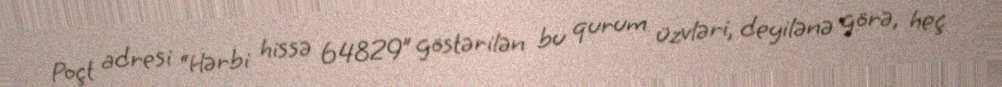
Poçt adresi “Hərbi hissə 64829” göstərilən bu qurum üzvləri, deyilənə görə, heç